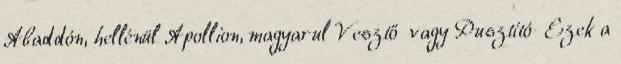
Abaddón, hellénül Apollion, magyarul Vesztő vagy Pusztító Ezek a